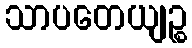
သာပတေယျဉ္စ